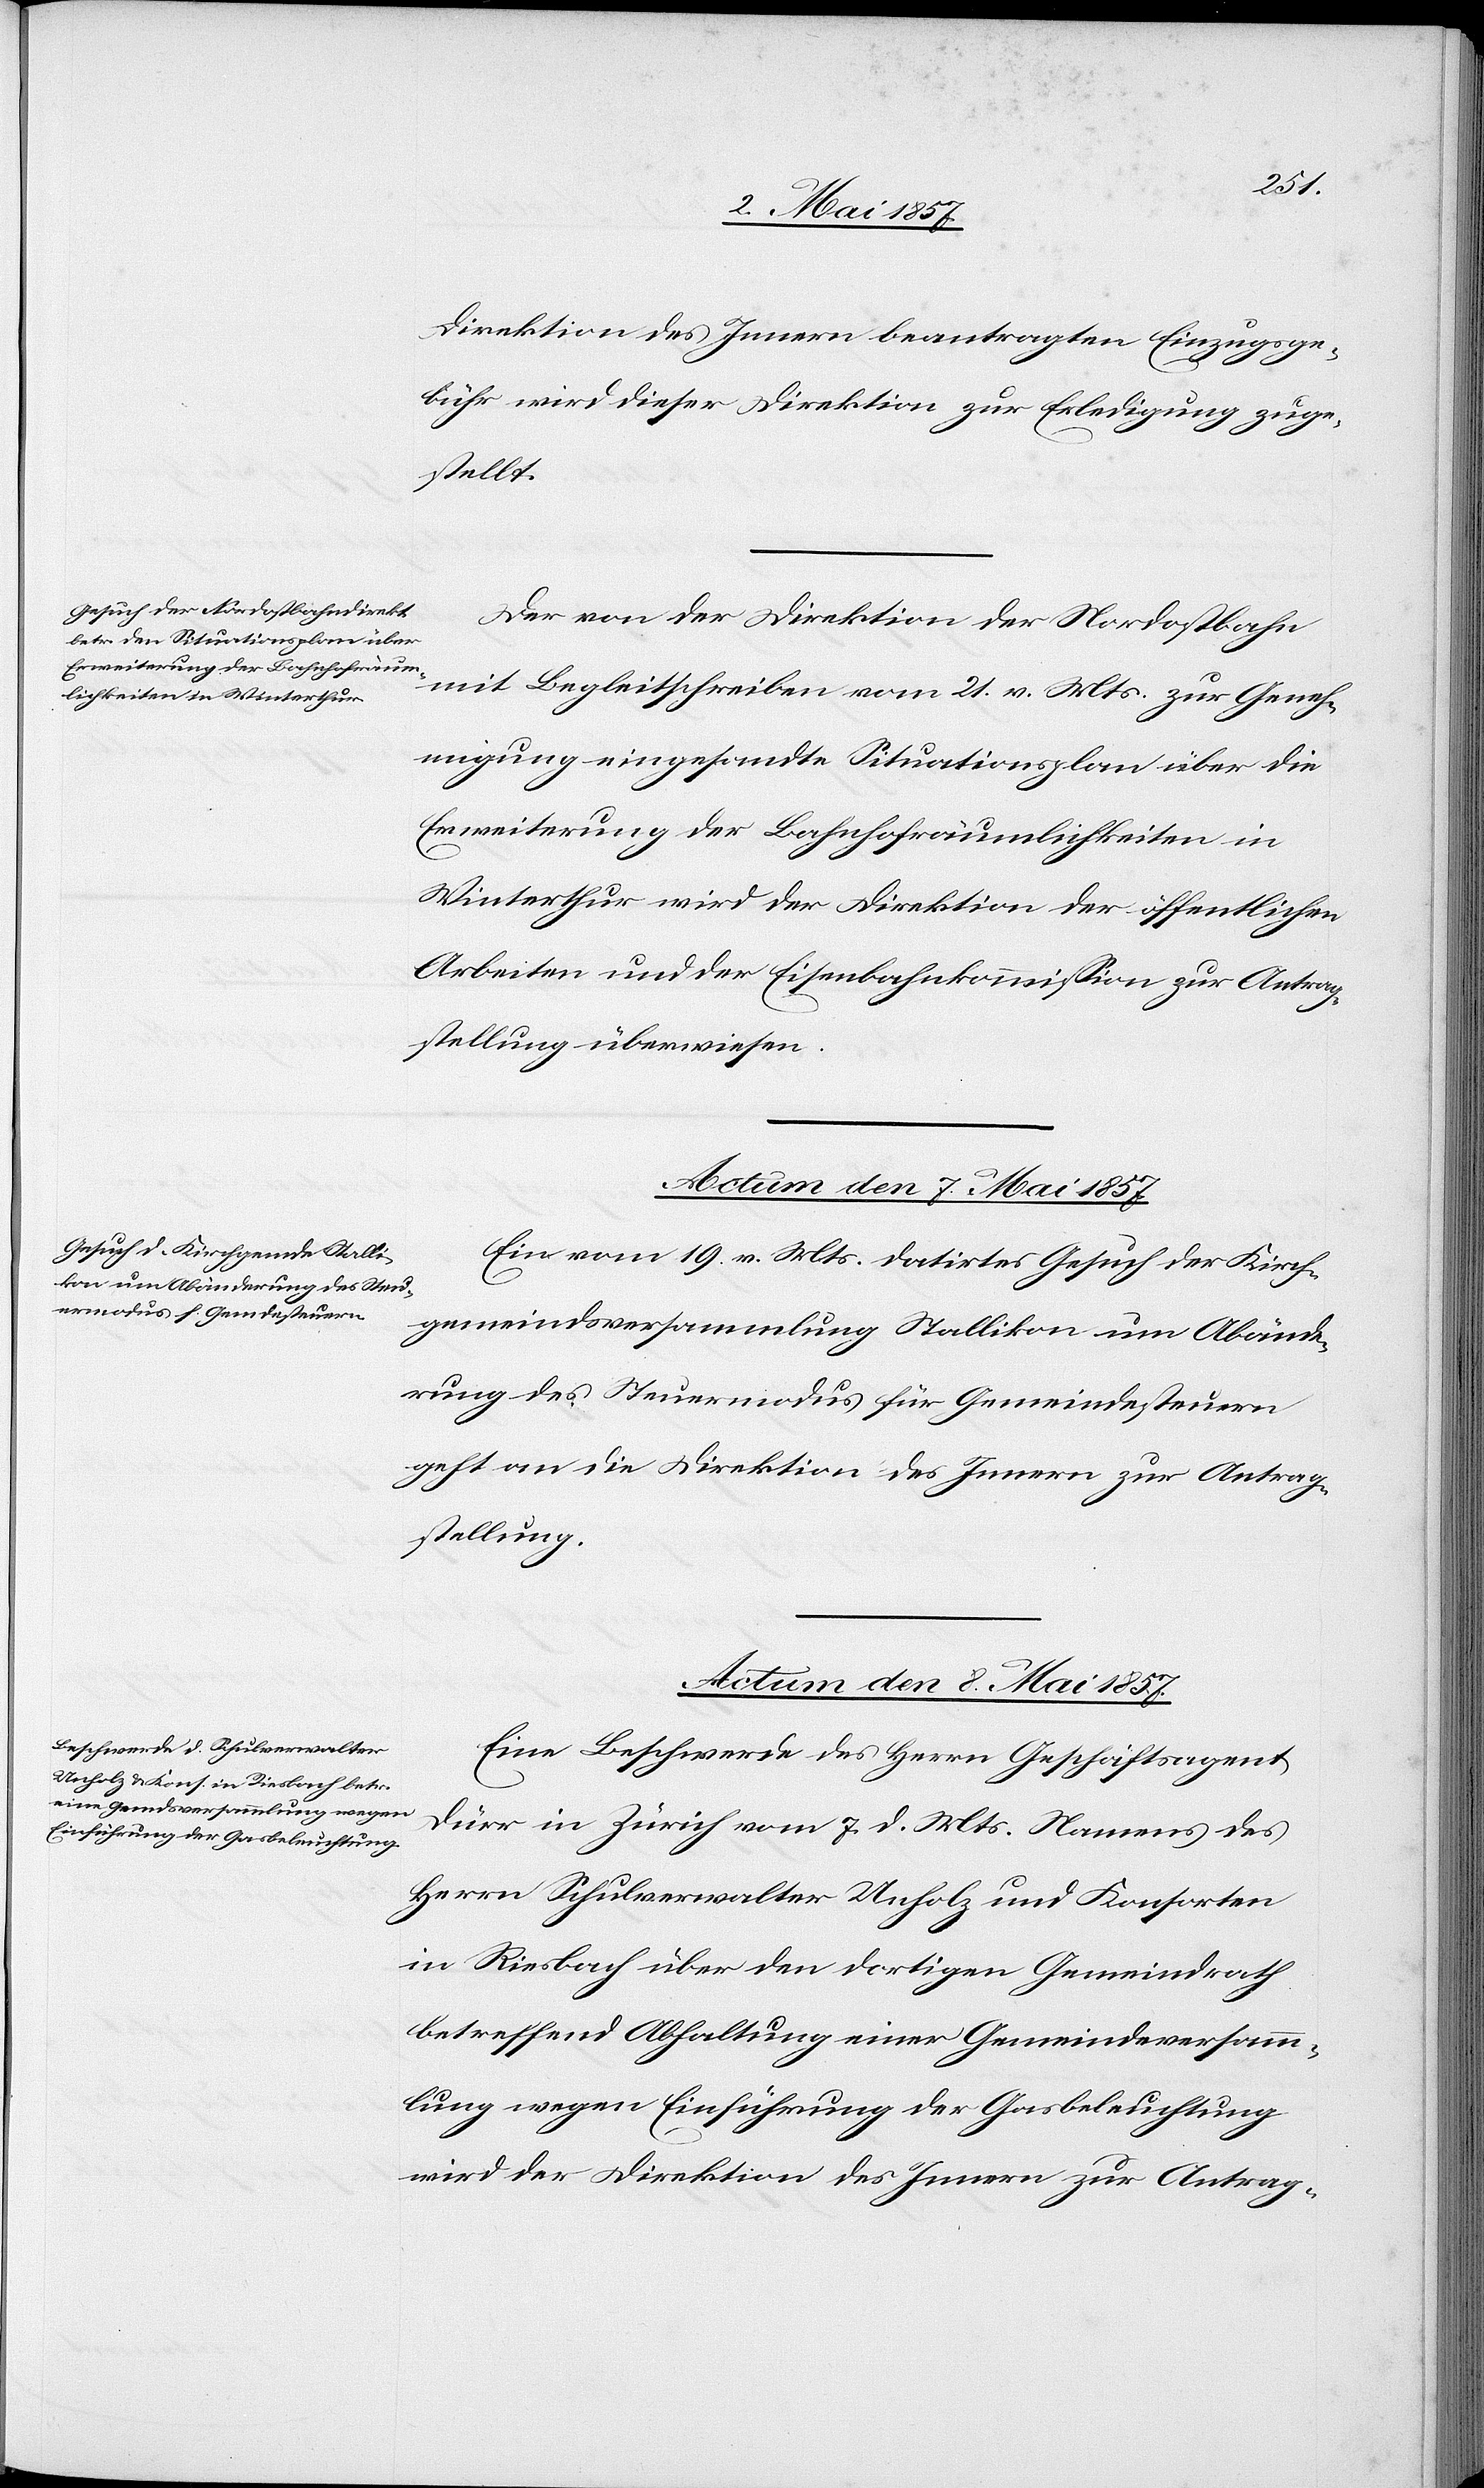
Direktion des Innern beantragten Einzugsge¬
bühr wird dieser Direktion zur Erledigung zuge¬
stellt.
Der von der Direktion der Nordostbahn
mit Begleitschreiben vom 21 v. Mts. zur Geneh¬
migung eingesandte Situationsplan über die
Erweiterung der Bahnhofräumlichkeiten in
Winterthur wird der Direktion der öffentlichen
Arbeiten und der Eisenbahnkommission zur Antrag¬
sstellung überwiesen.
Actum den 7 Mai 1857.
Ein vom 19 v. Mts. datirtes Gesuch der Kirch¬
gemeindsversammlung Stallikon um Abände¬
rung des Steuermodus für Gemeindesteuern
geht an die Direktion des Innern zur Antrag¬
stellung.
Actum den 8 Mai 1857.
Eine Beschwerde des Herrn Geschäftsagent
Dürr in Zürich vom 7 d. Mts. Namens des
Herrn Schulverwalter Unholz und Konsorten
in Riesbach über den dortigen Gemeindrath
betreffend Abhaltung einer Gemeindeversamm¬
lung wegen Einführung der Gasbeleuchtung
wird der Direktion des Innern zur Antrag-